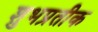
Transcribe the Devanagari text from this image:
शुभप्रतीक